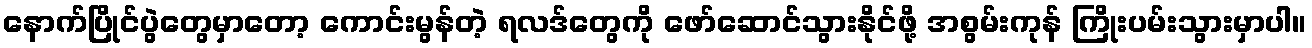
နောက်ပြိုင်ပွဲတွေမှာတော့ ကောင်းမွန်တဲ့ ရလဒ်တွေကို ဖော်ဆောင်သွားနိုင်ဖို့ အစွမ်းကုန် ကြိုးပမ်းသွားမှာပါ။